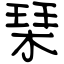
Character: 琹